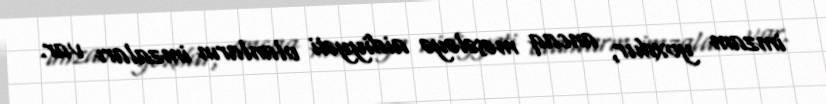
imzam yoxdur, ancaq məsələyə aidiyyəti olanların imzaları var.